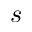
s